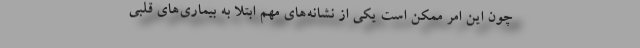
چون این امر ممکن است یکی از نشانه‌های مهم ابتلا به بیماری‌های قلبی